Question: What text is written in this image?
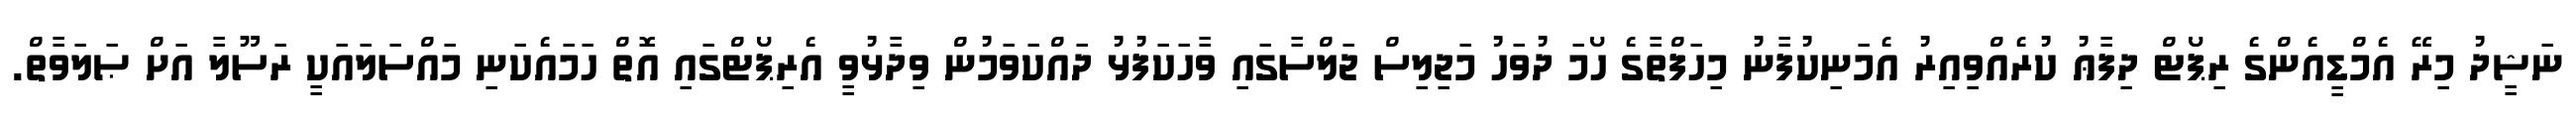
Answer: ނަޝީދު މިރޭ އެމްޑީއެންގެ ރިޕޯޓް ދިފާޢު ކުރެއްވިއިރު އެމަނިކުފާނު މިހަފްތާގެ ހޯމަ ދުވަހު މަޖިލިސް ޖަލްސާގައި ވާހަކަފުޅު ދައްކަވަމުން ވިދާޅުވީ އެރިޕޯޓްގައި އޮތް ހަމައެކަނި މައްސަލައަކީ ރަސޫލާ އަށް ޞަލަވާތް.